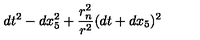
d t ^ { 2 } - d x _ { 5 } ^ { 2 } + { \frac { r _ { n } ^ { 2 } } { r ^ { 2 } } } ( d t + d x _ { 5 } ) ^ { 2 }